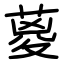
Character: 葼